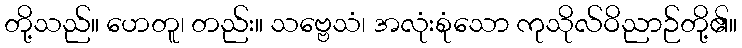
တို့သည်။ ဟေတူ၊ တည်း။ သဗ္ဗေသံ၊ အလုံးစုံသော ကုသိုလ်ဝိညာဉ်တို့၏။